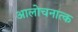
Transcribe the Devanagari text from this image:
आलोचनात्क